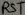
Text: RST